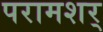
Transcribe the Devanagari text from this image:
परामशर्